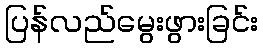
ပြန်လည်မွေးဖွားခြင်း